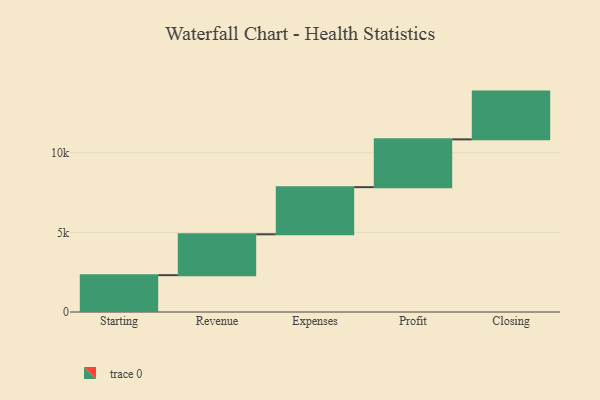
{"axis": {"x": "Step", "y": "Value"}, "legend": [""], "data": [{"x": "Starting", "y": 2313.0, "type": ""}, {"x": "Revenue", "y": 2567.0, "type": ""}, {"x": "Expenses", "y": 2960.0, "type": ""}, {"x": "Profit", "y": 3000, "type": ""}, {"x": "Closing", "y": 3000, "type": ""}]}